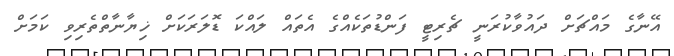
އޭނާގެ މައްޗަށް ދައުވާކުރަނީ ޗެރިޓީ ފަންޑުތަކެއްގެ އެތައް ލައްކަ ޑޮލަރަކަށް ޚިޔާނާތްތެރިވި ކަމަށް